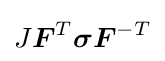
J{\boldsymbol {F}}^{T}{\boldsymbol {\sigma }}{\boldsymbol {F}}^{-T}